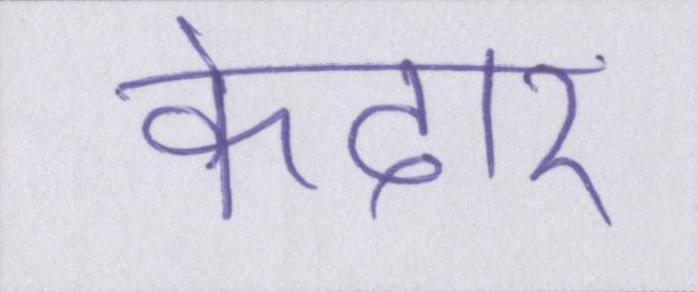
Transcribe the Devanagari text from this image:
केदार